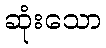
ဆုံးသော